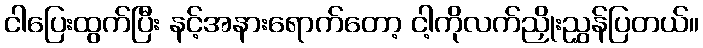
ငါပြေးထွက်ပြီး နင့်အနားရောက်တော့ ငါ့ကိုလက်ညှိုးညွှန်ပြတယ်။